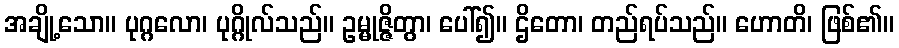
အချို့သော။ ပုဂ္ဂလော၊ ပုဂ္ဂိုလ်သည်။ ဥမ္မုဇ္ဇိတွာ၊ ပေါ်၍။ ဌိတော၊ တည်ရပ်သည်။ ဟောတိ၊ ဖြစ်၏။